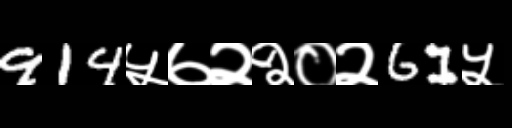
Text: 914५७२२०२61५